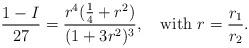
LaTeX: \begin{align*}\frac{1-I}{27}=\frac{r^4(\frac{1}{4}+r^2)}{(1+3r^2)^3},\quad\textnormal{with } r=\frac{r_1}{r_2}.\end{align*}